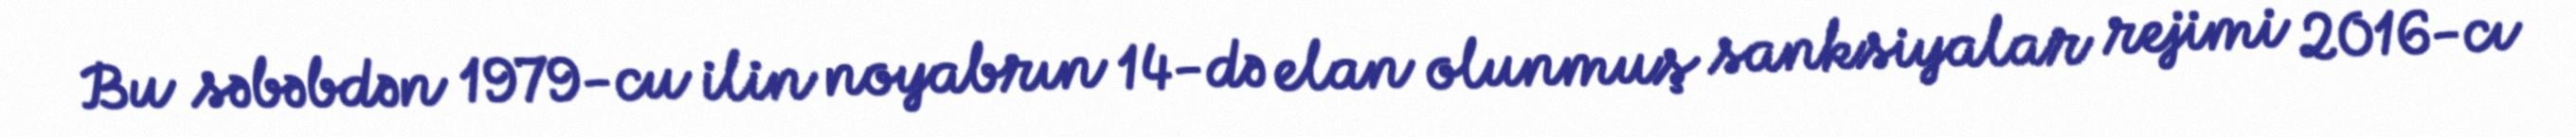
Bu səbəbdən 1979-cu ilin noyabrın 14-də elan olunmuş sanksiyalar rejimi 2016-cı